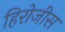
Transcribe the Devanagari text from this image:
हिरोजीस